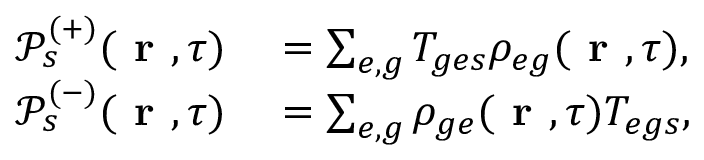
\begin{array} { r l } { \mathcal { P } _ { s } ^ { ( + ) } ( \textbf { r } , \tau ) } & { { } = \sum _ { e , g } T _ { g e s } \rho _ { e g } ( \textbf { r } , \tau ) , } \\ { \mathcal { P } _ { s } ^ { ( - ) } ( \textbf { r } , \tau ) } & { { } = \sum _ { e , g } \rho _ { g e } ( \textbf { r } , \tau ) T _ { e g s } , } \end{array}